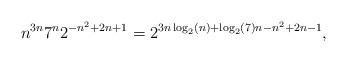
LaTeX: \begin{align*}n^{3n} 7^n 2^{-n^2+2n+1} = 2^{3n\log_2(n)+\log_2(7)n -n^2+2n-1},\end{align*}